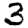
Digit: 3